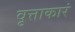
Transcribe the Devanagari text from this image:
वृत्ताकारं